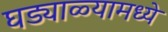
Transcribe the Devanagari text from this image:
घड्याळ्यामध्ये